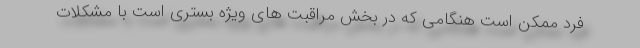
فرد ممکن است هنگامی که در بخش مراقبت های ویژه بستری است با مشکلات